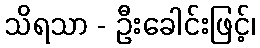
သိရသာ - ဦးခေါင်းဖြင့်၊